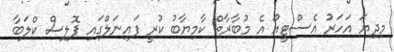
މިދިޔަ އަހަރު އެސްޓީއޯ އެ މުބާރާތް ކާމިޔާބު ކުރީ ފައިނަލްގައި ޕޮލިސް ކްލަބާ